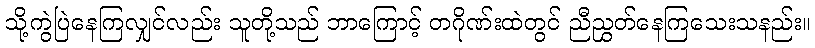
သို့ကွဲပြဲနေကြလျှင်လည်း သူတို့သည် ဘာကြောင့် တဂိုဏ်းထဲတွင် ညီညွှတ်နေကြသေးသနည်း။